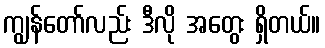
ကျွန်တော်လည်း ဒီလို အတွေး ရှိတယ်။